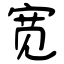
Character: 宽